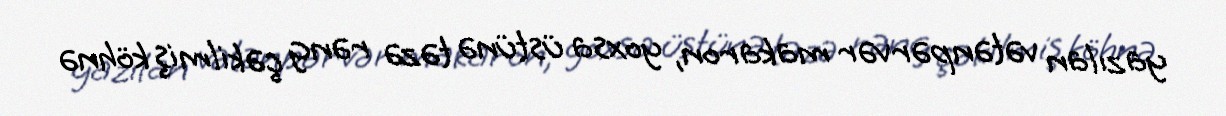
yazılan vətənpərvər makaron, yoxsa üstünə təzə rəng çəkilmiş köhnə